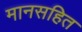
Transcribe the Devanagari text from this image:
मानसहित